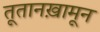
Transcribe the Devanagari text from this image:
तूतानख़ामून